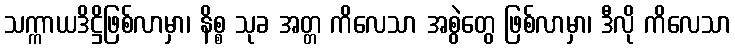
သက္ကာယဒိဋ္ဌိဖြစ်လာမှာ၊ နိစ္စ သုခ အတ္တ ကိလေသာ အစွဲတွေ ဖြစ်လာမှာ၊ ဒီလို ကိလေသာ